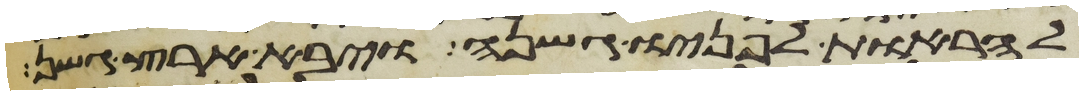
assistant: להראות לפניו גשנה ויבא ארץ גשן